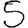
Digit: 5